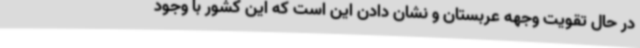
در حال تقویت وجهه عربستان و نشان دادن این است که این کشور با وجود